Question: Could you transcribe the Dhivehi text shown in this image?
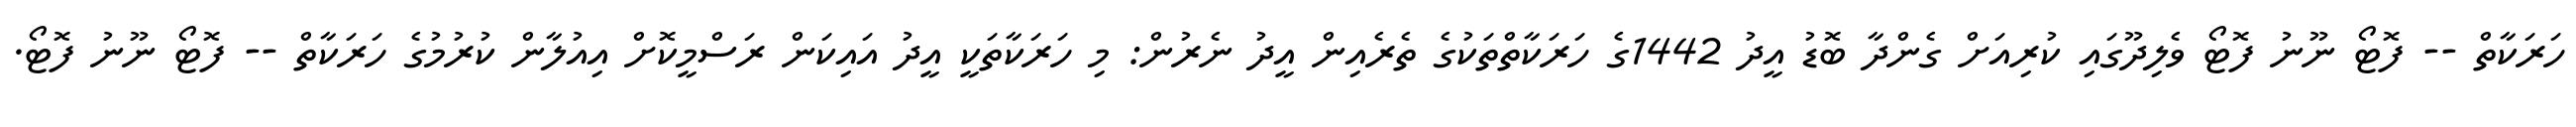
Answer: ހަރަކާތް -- ފޮޓޯ ނޫނު ފޮޓޯ ވެލިދޫގައި ކުރިއަށް ގެންދާ ބޮޑު އީދު 1442ގެ ހަރަކާތްތަކުގެ ތެރެއިން އީދު ނެރުން: މި ހަރަކާތަކީ އީދު އައިކަން ރަސްމީކޮށް އިއުލާން ކުރުމުގެ ހަރަކާތް -- ފޮޓޯ ނޫނު ފޮޓޯ.